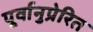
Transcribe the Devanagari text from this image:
पूर्वानुप्रेरित